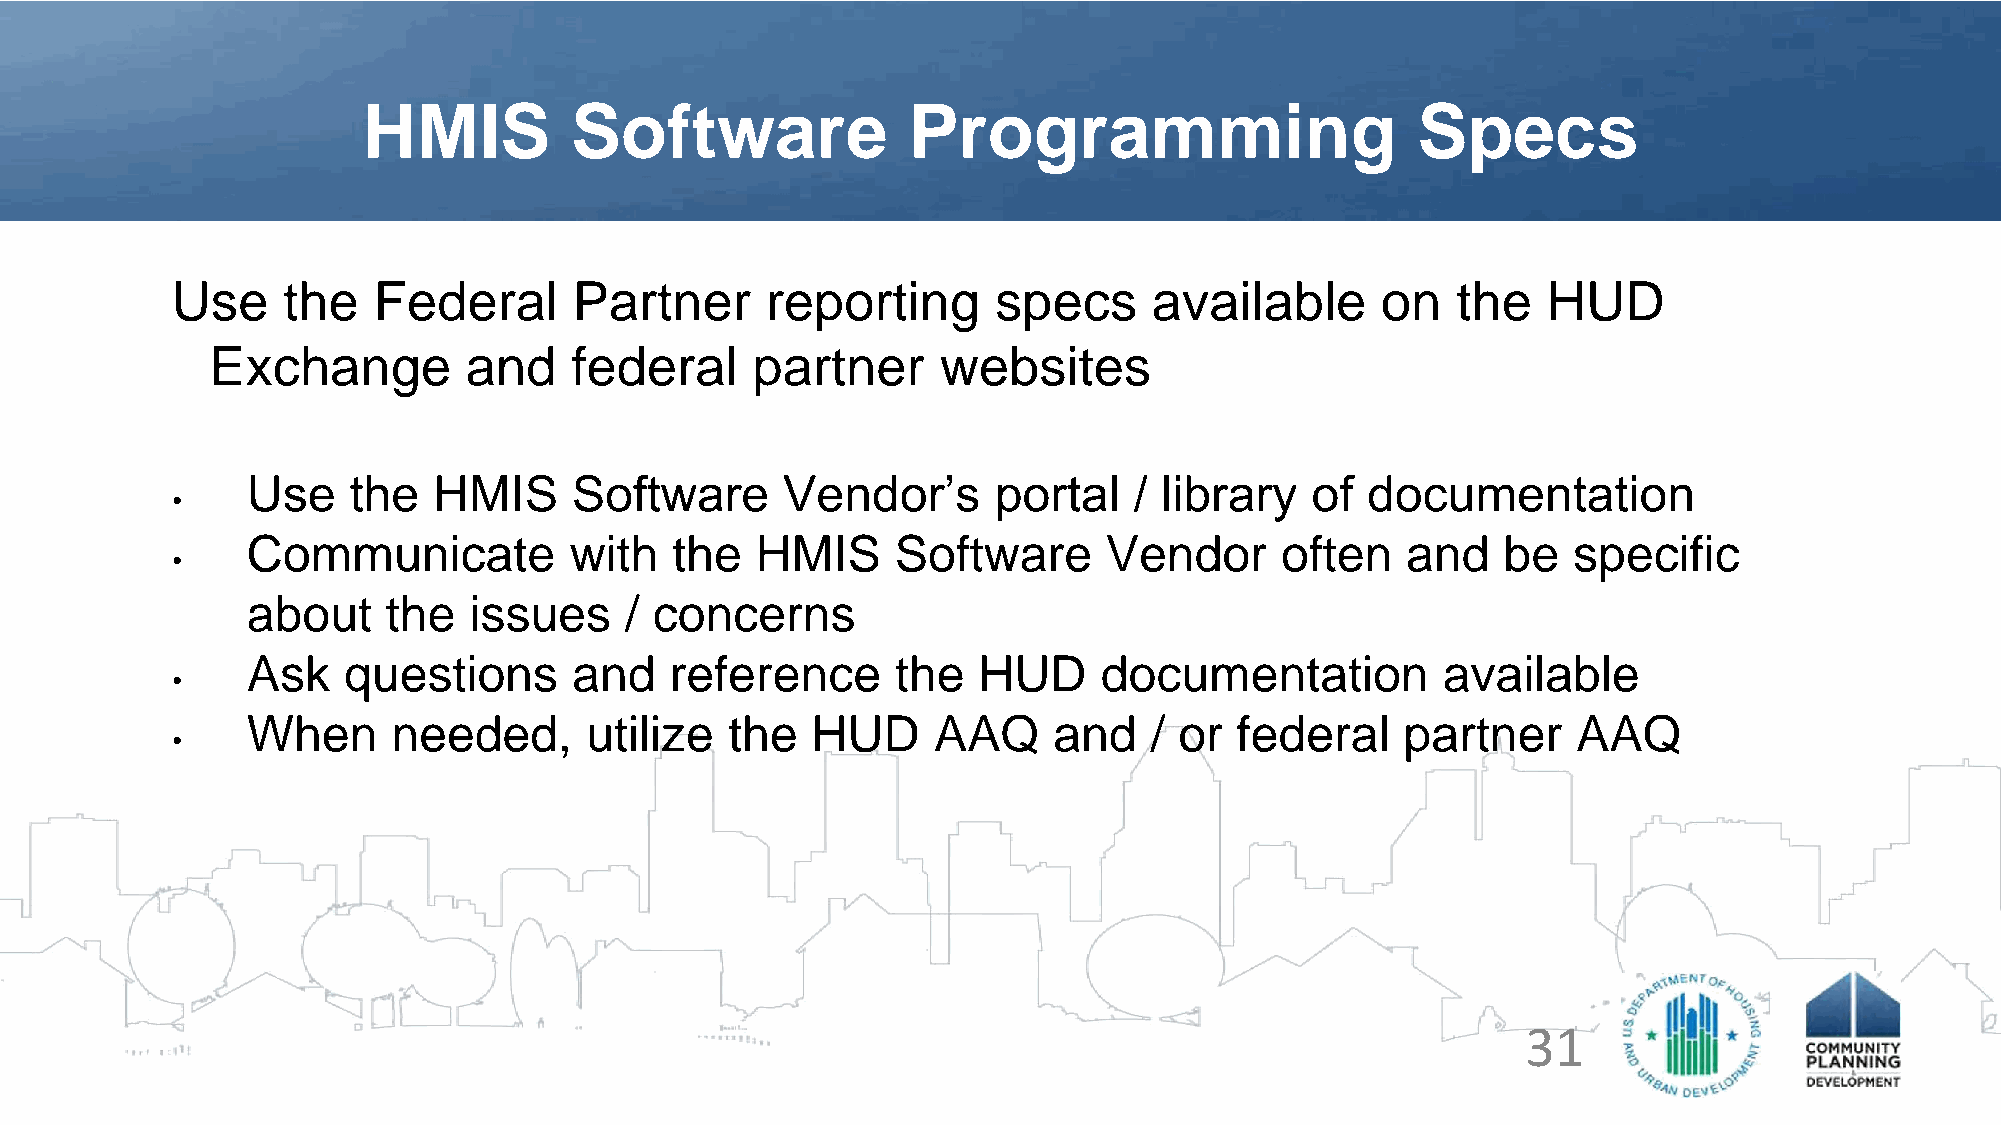
HMIS          Software              Programming                       Specs
 Use     the   Federal      Partner      reporting      specs     available      on   the   HUD
 Exchange         and    federal     partner     websites
 Use    the   HMIS     Software      Vendor’s      portal   / library   of documentation
 •
 Communicate           with  the   HMIS     Software      Vendor      often   and   be   specific
 •
 about     the  issues    / concerns
 Ask    questions      and   reference      the   HUD     documentation         available
 •
 When      needed,      utilize  the   HUD     AAQ     and   / or  federal    partner    AAQ
 •
 31